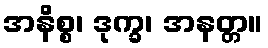
အနိစ္စ၊ ဒုက္ခ၊ အနတ္တ။